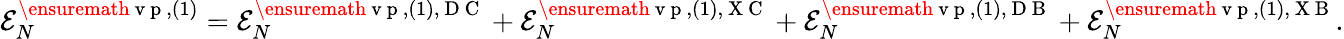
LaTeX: \begin{array}{r}{{\cal E}_{N}^{\ensuremath{\mathrm{~v~p~}},(1)}={\cal E}_{N}^{\ensuremath{\mathrm{~v~p~}},(1),\mathrm{~D~C~}}+{\cal E}_{N}^{\ensuremath{\mathrm{~v~p~}},(1),\mathrm{~X~C~}}+{\cal E}_{N}^{\ensuremath{\mathrm{~v~p~}},(1),\mathrm{~D~B~}}+{\cal E}_{N}^{\ensuremath{\mathrm{~v~p~}},(1),\mathrm{~X~B~}}.}\end{array}